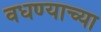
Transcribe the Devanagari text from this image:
वधण्याच्या